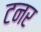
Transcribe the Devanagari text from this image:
टनर